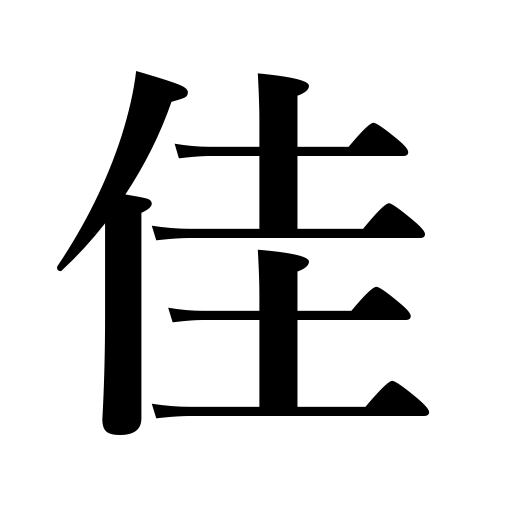
Meanings: good,beautiful,excellent